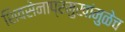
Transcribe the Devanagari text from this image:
शिवसेनाप्रमुखांमुळेच